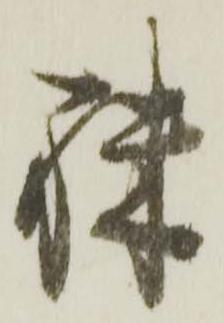
殊